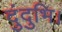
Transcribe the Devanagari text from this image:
दुंदुभि।